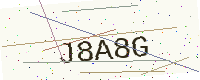
Text: J8A8G